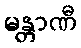
မန္တာဏီ